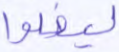
ليضلوا